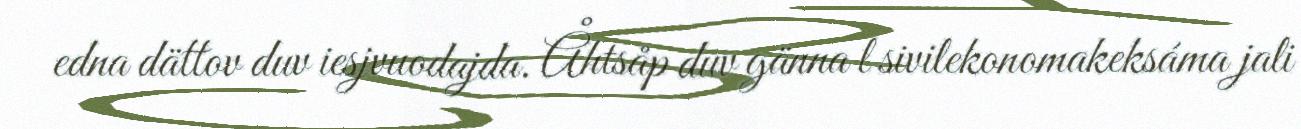
edna dättov duv iesjvuodajda. Åhtsåp duv gänna l sivilekonomakeksáma jali